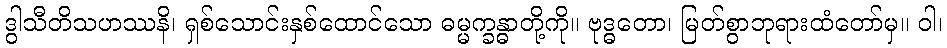
ဒွါသီတိသဟဿနိ၊ ရှစ်သောင်းနှစ်ထောင်သော ဓမ္မက္ခန္ဓာတို့ကို။ ဗုဒ္ဓတော၊ မြတ်စွာဘုရားထံတော်မှ။ ဝါ၊